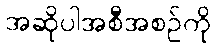
အဆိုပါအစီအစဉ်ကို